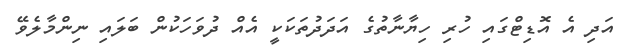
އަދި އެ އޮޑިޓްގައި ހުރި ހިޔާނާތުގެ އަދަދުތަކަކީ އެއް ދުވަހަކުން ބަލައި ނިންމާލެވޭ